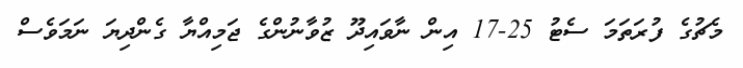
މެޗުގެ ފުރަތަމަ ސެޓު 25-17 އިން ނާވައިދޫ ޒުވާނުންގެ ޖަމިއްޔާ ގެންދިޔަ ނަމަވެސް